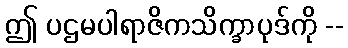
ဤ ပဌမပါရာဇိကသိက္ခာပုဒ်ကို --